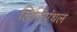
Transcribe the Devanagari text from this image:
लिलिएंथल